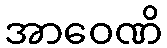
အာဝေဏိ